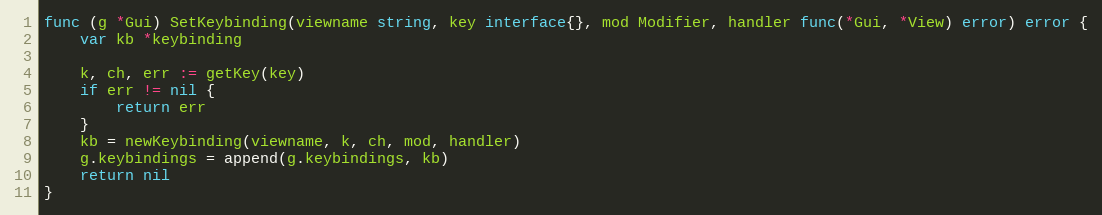
Language: Go
func (g *Gui) SetKeybinding(viewname string, key interface{}, mod Modifier, handler func(*Gui, *View) error) error {
	var kb *keybinding

	k, ch, err := getKey(key)
	if err != nil {
		return err
	}
	kb = newKeybinding(viewname, k, ch, mod, handler)
	g.keybindings = append(g.keybindings, kb)
	return nil
}